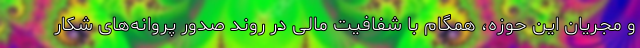
و مجریان این حوزه، همگام با شفافیت مالی در روند صدور پروانه‌های شکار